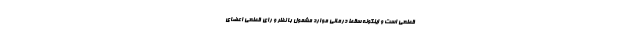
قطعی است و اینگونه سقط درمانی موارد مشمول با نظر و رای قطعی اعضای